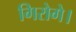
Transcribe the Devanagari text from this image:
गिरोगे।